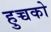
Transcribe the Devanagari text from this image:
हुच्चको